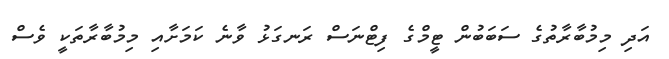
އަދި މިމުބާރާތުގެ ސަބަބުން ޓީމްގެ ފިޓްނަސް ރަނގަޅު ވާނެ ކަމަށާއި މިމުބާރާތަކީ ވެސް